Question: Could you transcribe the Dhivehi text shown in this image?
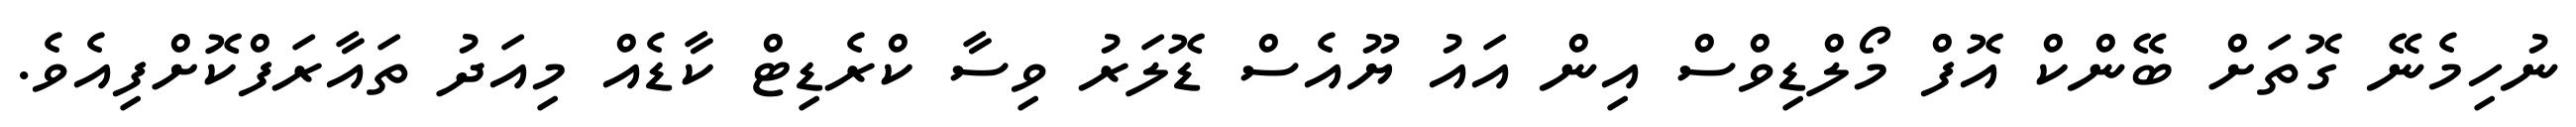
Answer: ނުހިމެނޭ ގޮތަށް ބޭންކް އޮފް މޯލްޑިވްސް އިން އައު ޔޫއެސް ޑޮލަރު ވިސާ ކްރެޑިޓް ކާޑެއް މިއަދު ތައާރަފްކޮށްފިއެވެ.